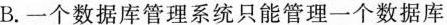
B.一个数据库管理系统只能管理一个数据库